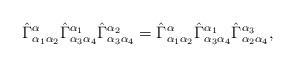
LaTeX: \begin{align*}\hat{\Gamma}_{\alpha_1\alpha_2}^\alpha\hat{\Gamma}_{\alpha_3\alpha_4}^{\alpha_1}\hat{\Gamma}_{\alpha_3\alpha_4}^{\alpha_2}=\hat{\Gamma}_{\alpha_1\alpha_2}^\alpha\hat{\Gamma}_{\alpha_3\alpha_4}^{\alpha_1}\hat{\Gamma}_{\alpha_2\alpha_4}^{\alpha_3},\end{align*}